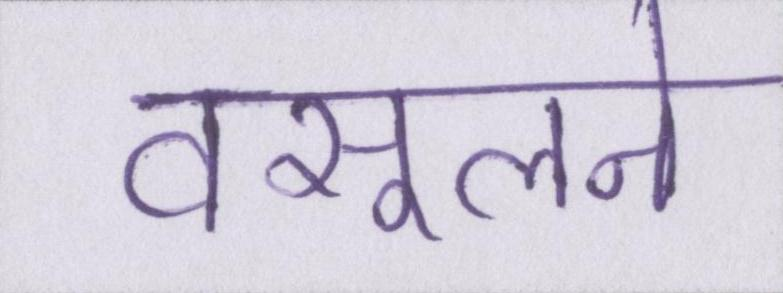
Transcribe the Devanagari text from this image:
वसूलने